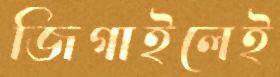
জিগাইলেই